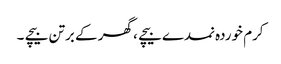
کرم خوردہ نمدے بیچے ، گھر کے برتن بیچے ۔